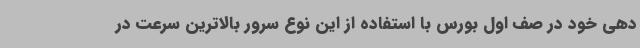
دهی خود در صف اول بورس با استفاده از این نوع سرور بالاترین سرعت در